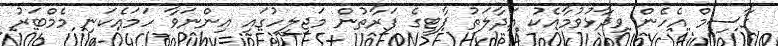
ގާސިމް އެހެން ވިދާޅުވުމާއެކު އަދާލަތު ޕާޓީގެ ފަރާތުން މަޖިލީހުގައި އިންނަވާ ހަމައެކަނި މެމްބަރު